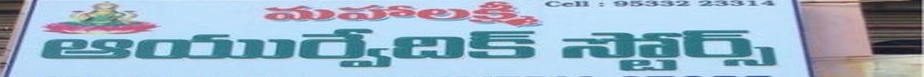
Language: telugu
Transcription: మహాలక్ష్మి స్టోర్స్